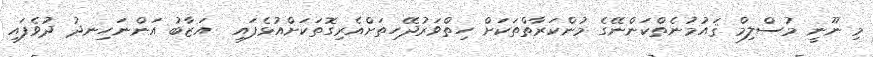
މި ނޫނީ މުސްލިމް ޤައުމުނެތްކަންނޭގެ މުންކަރާތްތަކަށް ހިތްވަރުދޭހިތަށްއެރިގޮތަކަށްއުޅެފައި  އަޒާބު އަންނަހިނދު ދުވެފައި